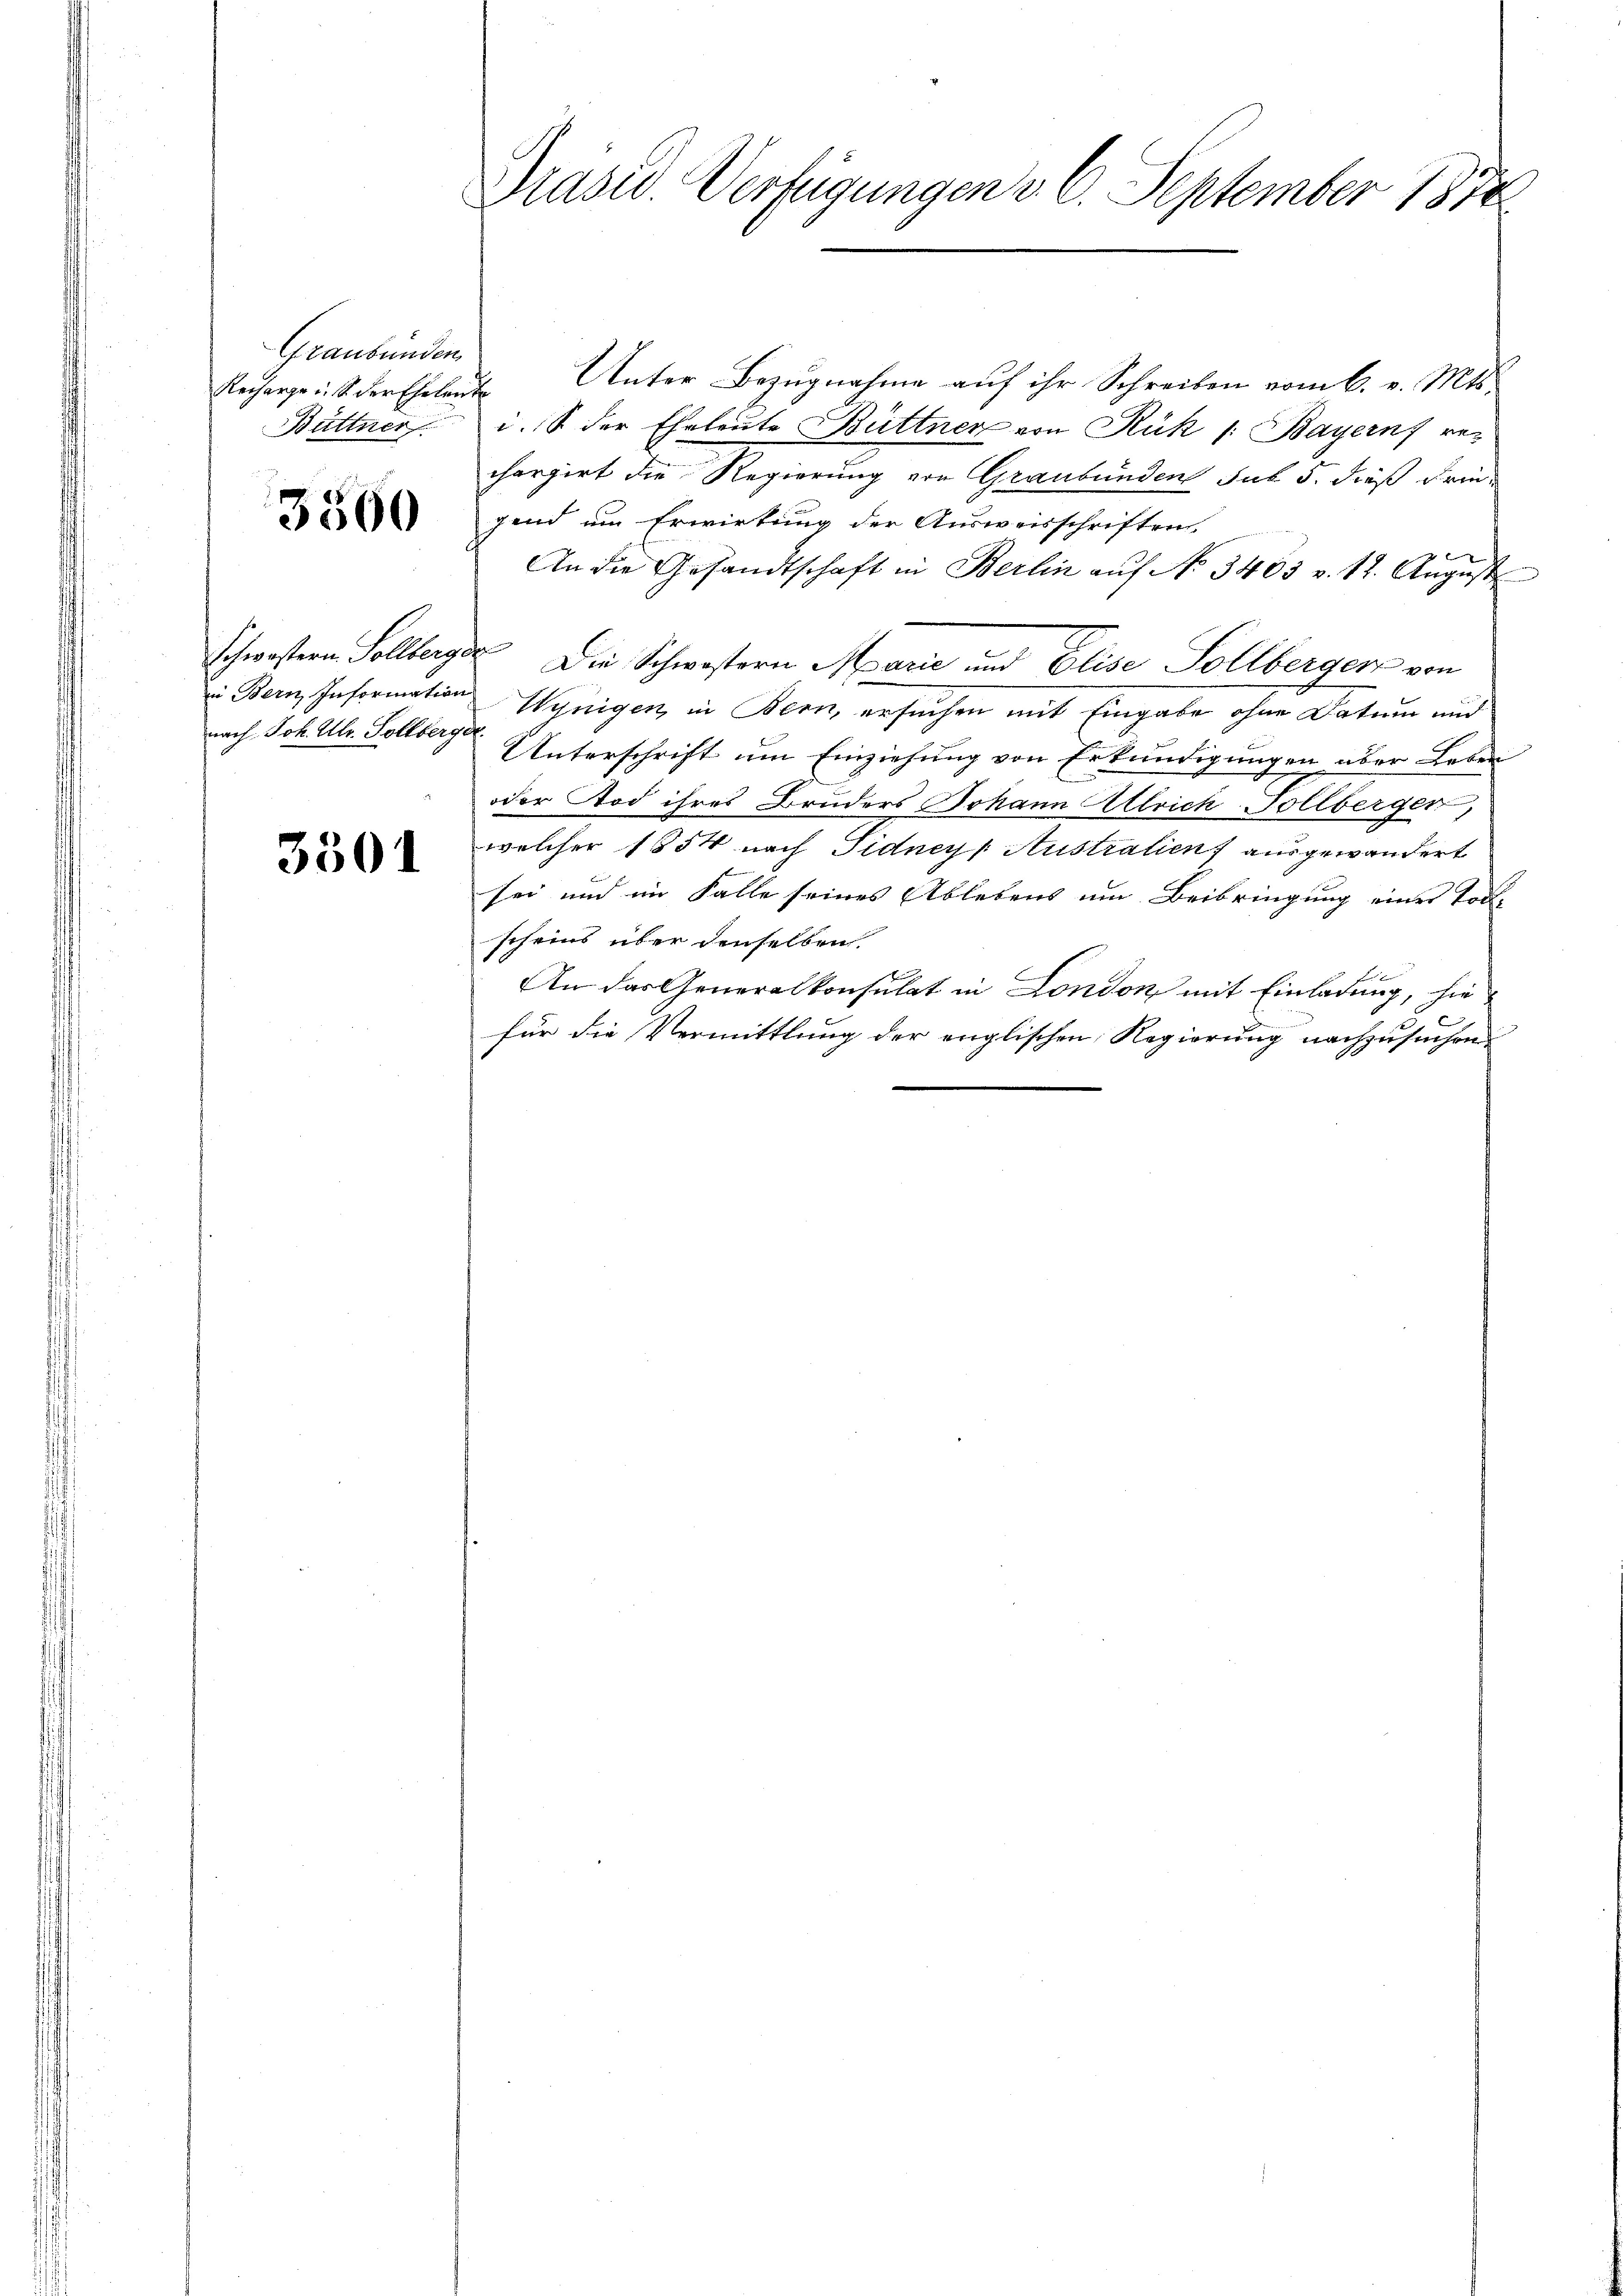
Graubünden
Büttner

3300

nach Joh. Ulr. Sollberger

3301

Drasw. Verfügungen v. 6. September 1878

Recharge. S. der Eheleute Unter Bezŭgnahme aŭf ihr Schreiben vom 6. v. Mts.
i. der Eheleute Büttner von Rük 1: Bayern rechargirt die Regierung von Graubünden sub 5. dieß Friegend um Erwirkung der Ausweisschriften
An die Gesandtschaft in Berlin aŭf No 3403 v. 12. August
schwestern Sollberger Die Schwestern Marie und Elise Sollberger von
iin Bern Information Wenigen, in Bern, ersuchen mit Eingabe ohne Datum und
Unterschrift um Einziehung von Erkundigungen aber Leben
oder Tod ihres Bruders Johann Allrich Sollbergen,
welcher 1854 nach Sidney Australien ausgewandert
sei und im Falle seines Ablebens um Beibringung eines Todscheins über denselben.
x
An das Generalkonsulat in London mit Einladung, hie
für die Vermittlung der englischen Regierung nachzusuchen.